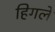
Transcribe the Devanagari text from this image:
हिगले